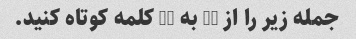
جمله زیر را از 96 به 50 کلمه کوتاه کنید.